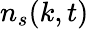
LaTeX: n_{s}(k,t)